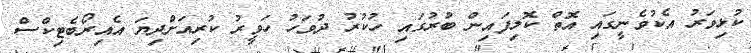
ކުޅިވަރު އެކުވެނީގައި އޮތް ކޮލިފައިން ބުރުގައި ހުކުރު ދުވަހު ހަވީރު ކުރިއަށްދިޔަ އެއިރޯބެޓިކްސް